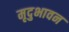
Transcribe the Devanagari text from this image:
मृदुभावन